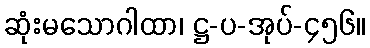
ဆုံးမသောဂါထာ၊ ဋ္ဌ-ပ-အုပ်-၄၅၆။